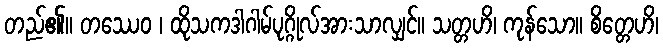
တည်၏။ တဿေဝ ၊ ထိုသကဒါဂါမ်ပုဂ္ဂိုလ်အားသာလျှင်။ သတ္တဟိ၊ ကုန်သော။ စိတ္တေဟိ၊